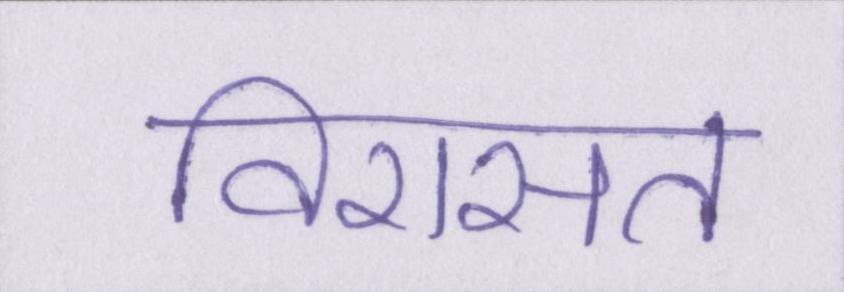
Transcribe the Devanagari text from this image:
विरासत